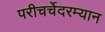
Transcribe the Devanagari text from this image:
परीचर्चेदरम्यान